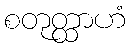
စတုတ္ထာဟံ